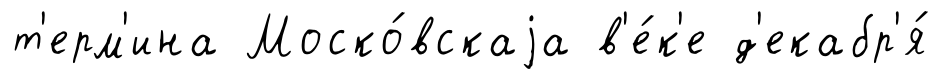
т'ерм'ина Моско́вскаjа в'е́к'е д'екабр'я́